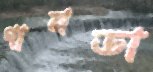
গানডা